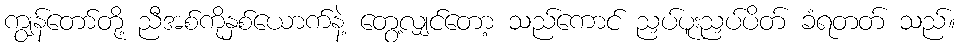
ကျွန်တော်တို့ ညီအစ်ကိုနှစ်ယောက်နဲ့ တွေ့လျှင်တော့ သည်ကောင် ညှပ်ပူးညှပ်ပိတ် ခံရတတ် သည်။